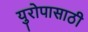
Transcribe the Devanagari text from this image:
युरोपासाठी